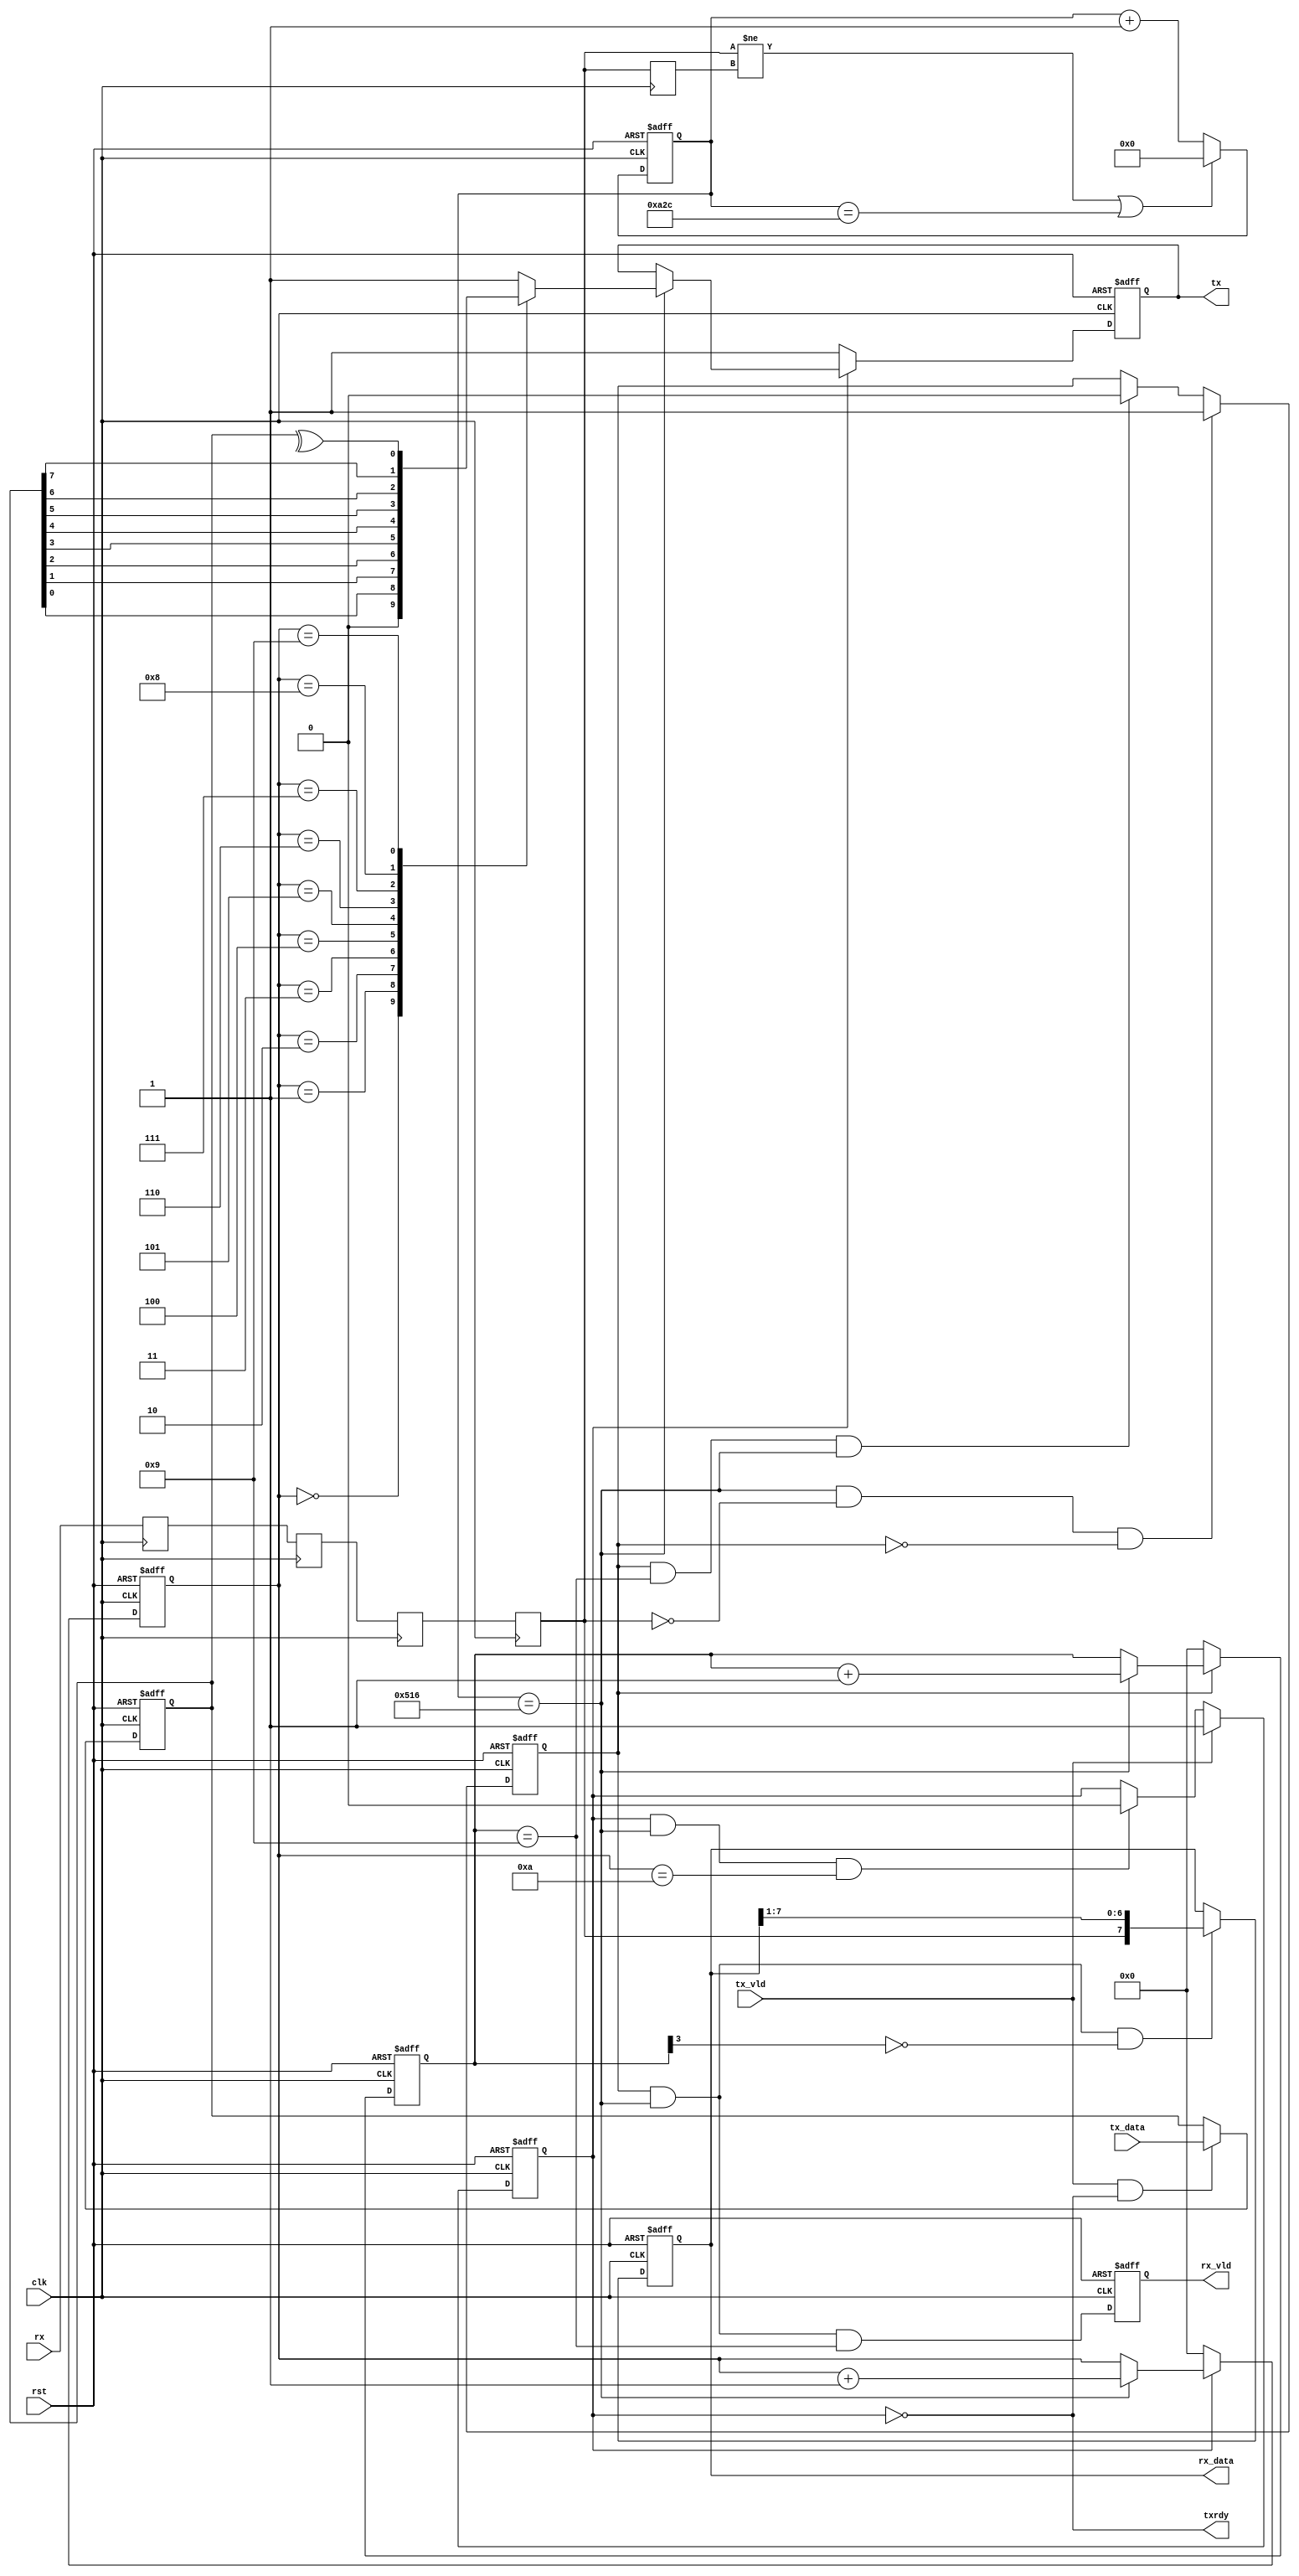
// This program was cloned from: https://github.com/risclite/ARM9-compatible-soft-CPU-core
// License: Apache License 2.0

`define DEL 3
module rxtx
#(parameter baud = 9600,
            mhz = 25
  )
 (
            clk,
			rst,
			rx,
			tx_vld,
			tx_data,
			
			rx_vld,
			rx_data,
			tx,
			txrdy
			);

input        clk;
input        rst;
input        rx;
input        tx_vld;
input  [7:0] tx_data;

output       rx_vld;
output [7:0] rx_data;
output       tx;
output       txrdy;

/***********************************/
reg          rx_dly;
reg    [13:0] rx_cnt;
reg          data_vld;
reg    [3:0] data_cnt;
reg          rx_vld;
reg    [7:0] rx_data;
reg    [7:0] tx_rdy_data;
reg          tran_vld;
reg    [3:0] tran_cnt;
reg          tx;
wire         txrdy;
/***********************************/
wire         rx_change;
wire         rx_en;

/***********************************/

localparam period = (mhz*1000000)/baud,
           half = period/2;

reg rx1,rx2,rx3,rxx;
always @ ( posedge clk ) begin
    rx1 <= #`DEL rx;
	rx2 <= #`DEL rx1;
	rx3 <= #`DEL rx2;
	rxx <= #`DEL rx3;
	end


always @ ( posedge clk  )
   rx_dly <= #`DEL rxx;

assign rx_change = (rxx != rx_dly );

always @ ( posedge clk or posedge rst )
if ( rst )
    rx_cnt <= #`DEL 0;
else if ( rx_change | ( rx_cnt==period ) )
    rx_cnt <= #`DEL 0;
else
    rx_cnt <= #`DEL rx_cnt + 1'b1;

assign rx_en = ( rx_cnt==half );

always @ ( posedge clk or posedge rst )
if ( rst )
    data_vld <= #`DEL 1'b0;
else if ( rx_en & ~rxx & ~data_vld )
    data_vld <= #`DEL 1'b1;
else if ( data_vld & ( data_cnt==4'h9 ) & rx_en )
    data_vld <= #`DEL 1'b0;
else;

always @ ( posedge clk or posedge rst )
if ( rst )
    data_cnt <= #`DEL 4'b0;
else if ( data_vld )
    if ( rx_en )
        data_cnt <= #`DEL data_cnt + 1'b1;
	else;
else 	
    data_cnt <= #`DEL 4'b0;

always @ ( posedge clk or posedge rst )
if ( rst )
    rx_data <= #`DEL 7'b0;
else if ( data_vld & rx_en & ~data_cnt[3] )
    rx_data <= #`DEL {rxx,rx_data[7:1]}; 
else;

always @ ( posedge clk or posedge rst )
if ( rst )
    rx_vld <= #`DEL 1'b0;
else
    rx_vld <= #`DEL data_vld & rx_en & ( data_cnt==4'h9);

always @ ( posedge clk or posedge rst )
if ( rst )
    tx_rdy_data <= #`DEL 8'b0;
else if ( tx_vld & txrdy )
    tx_rdy_data <= #`DEL tx_data;
else;

always @ ( posedge clk or posedge rst )
if ( rst )
    tran_vld <= #`DEL 1'b0;
else if ( tx_vld )
    tran_vld <= #`DEL 1'b1;
else if ( tran_vld & rx_en & ( tran_cnt== 4'd10 ) )
    tran_vld <= #`DEL 1'b0;
else;

always @ ( posedge clk or posedge rst )
if ( rst )
    tran_cnt <= #`DEL 4'b0;
else if ( tran_vld )
    if( rx_en )
	    tran_cnt <= #`DEL tran_cnt + 1'b1;
	else;
else
    tran_cnt <= #`DEL 4'b0;

always @ ( posedge clk or posedge rst )
if ( rst )
    tx <= #`DEL 1'b1;
else if ( tran_vld )
    if ( rx_en )
    case ( tran_cnt )
    4'd0 : tx <= #`DEL 1'b0;
    4'd1 : tx <= #`DEL tx_rdy_data[0];
    4'd2 : tx <= #`DEL tx_rdy_data[1];   	
    4'd3 : tx <= #`DEL tx_rdy_data[2];
    4'd4 : tx <= #`DEL tx_rdy_data[3];
    4'd5 : tx <= #`DEL tx_rdy_data[4];
    4'd6 : tx <= #`DEL tx_rdy_data[5];   	
    4'd7 : tx <= #`DEL tx_rdy_data[6];
    4'd8 : tx <= #`DEL tx_rdy_data[7];
	4'd9: tx <= #`DEL ^tx_rdy_data;
	4'd10: tx <= #`DEL 1'b1;
	default: tx <= #`DEL 1'b1;
	endcase
	else;
else
    tx<= #`DEL 1'b1;

assign txrdy = ~tran_vld;

	
endmodule